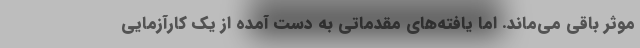
موثر باقی می‌ماند. اما یافته‌های مقدماتی به دست آمده از یک کارآزمایی